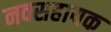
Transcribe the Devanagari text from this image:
नवसहायक